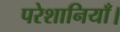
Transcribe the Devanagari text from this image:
परेशानियाँ।